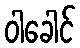
ဝါခေါင်